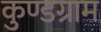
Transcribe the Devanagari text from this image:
कुण्डग्राम